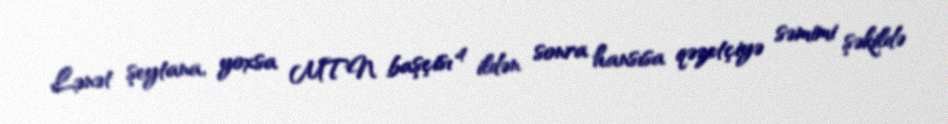
Lənət şeytana, yoxsa MTN başçısı 4 ildən sonra hansısa qəzetçiyə səmimi şəkildə